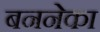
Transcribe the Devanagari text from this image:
बननेका